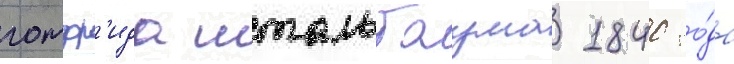
готфр'ида штальбаума 1840 го́да